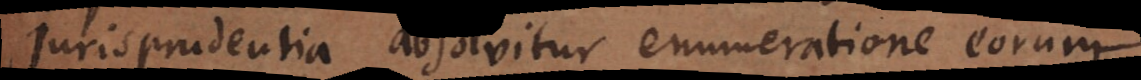
Jurisprudentia absolvitur enumeratione eorum